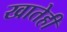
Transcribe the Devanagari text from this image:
खातेही